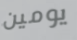
يومين